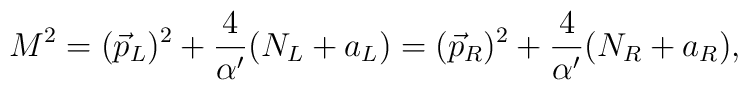
M^2=(\vec{p}_L)^2+{4\over{\alpha^{\prime}}}(N_L+a_L)=(\vec{p}_R)^2+{4\over{\alpha^{\prime}}}(N_R+a_R),